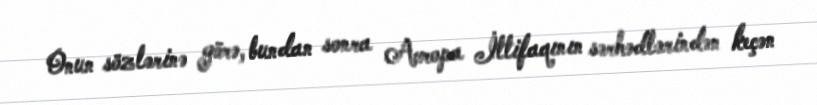
Onun sözlərinə görə, bundan sonra Avropa İttifaqının sərhədlərindən keçən